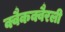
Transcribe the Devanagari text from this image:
क्वैकक्वैरली